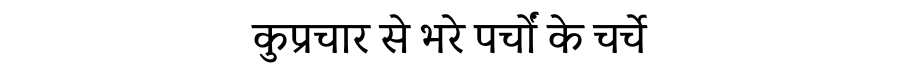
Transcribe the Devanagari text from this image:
कुप्रचार से भरे पर्चों के चर्चे